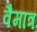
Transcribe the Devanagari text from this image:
वैमात्र